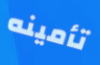
تأمينه